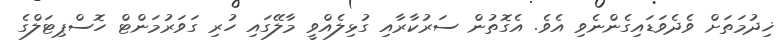
ޚިދުމަތަށް ވެދެވަޑައިގެންނެވި އެވެ. އެގޮތުން ސަރުކާރާއި ގުޅިލެއްވީ މާލޭގައި ހުރި ގަވަރުމަންޓް ހޮސްޕިޓަލްގެ